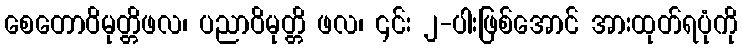
စေတောဝိမုတ္တိဖလ၊ ပညာဝိမုတ္တိ ဖလ၊ ၎င်း ၂-ပါးဖြစ်အောင် အားထုတ်ရပုံကို